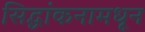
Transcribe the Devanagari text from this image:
सिद्धांकनामधून